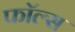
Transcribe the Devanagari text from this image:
फाॅल्स